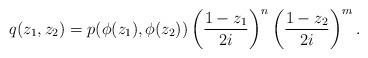
LaTeX: \begin{align*}q(z_1,z_2) = p(\phi(z_1),\phi(z_2))\left(\frac{1-z_1}{2i}\right)^n \left(\frac{1-z_2}{2i}\right)^m.\end{align*}